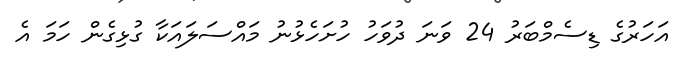
އަހަރުގެ ޑިސެމްބަރު 24 ވަނަ ދުވަހު ހުށަހެޅުނު މައްސަލައަކާ ގުޅިގެން ހަމަ އެ